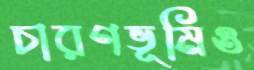
চারণভূমিও